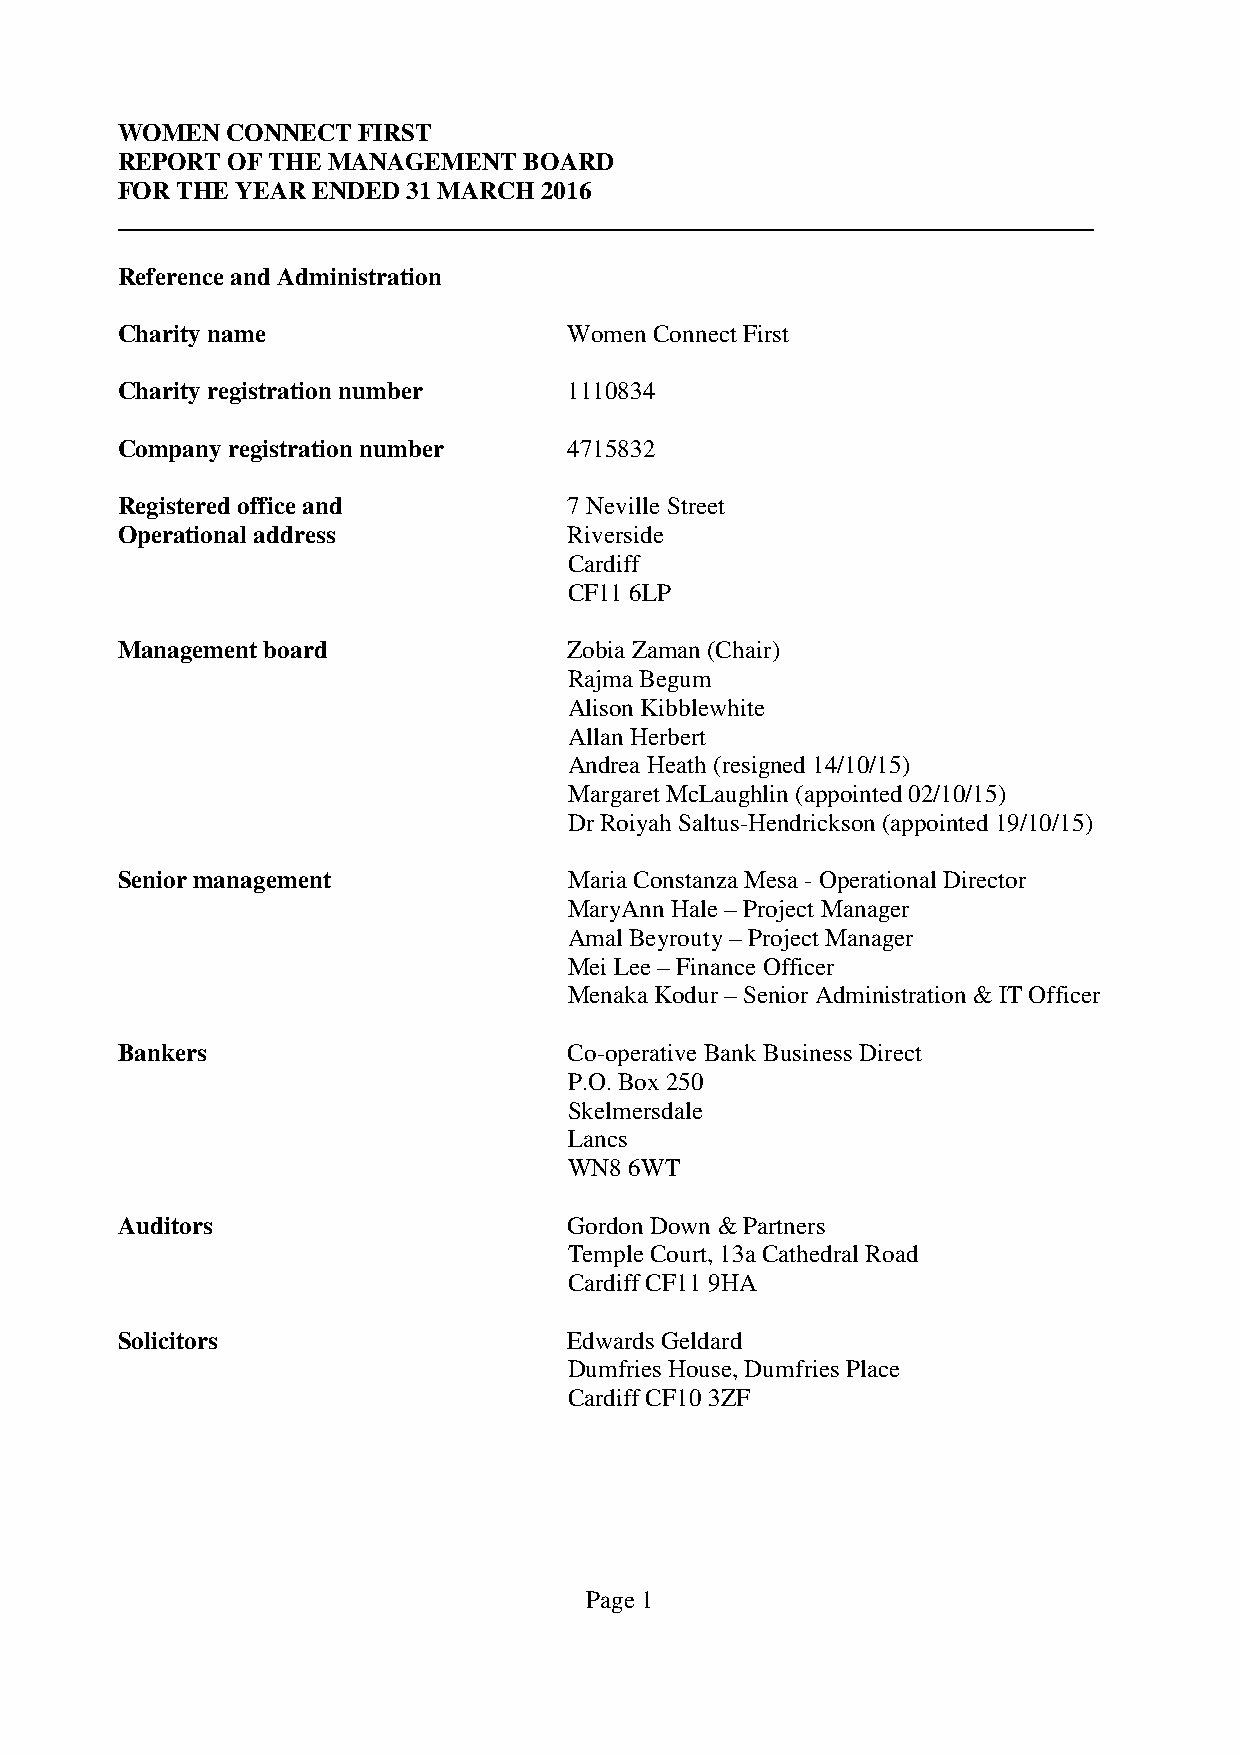
WOMEN  CONNECT  FIRST
 REPORT OF THE MANAGEMENT   BOARD
 FOR THE YEAR ENDED 31 MARCH 2016
 Reference and Administration
 Charity name                  Women Connect First
 Charity registration number   1110834
 Company registration number   4715832
 Registered office and         7 Neville Street
 Operational address           Riverside
 Cardiff
 CF11 6LP
 Management board              Zobia Zaman (Chair)
 Rajma Begum
 Alison Kibblewhite
 Allan Herbert
 Andrea Heath (resigned 14/10/15)
 Margaret McLaughlin (appointed 02/10/15)
 Dr Roiyah Saltus-Hendrickson (appointed 19/10/15)
 Senior management             Maria Constanza Mesa - Operational Director
 MaryAnn Hale – Project Manager
 Amal Beyrouty – Project Manager
 Mei Lee – Finance Officer
 Menaka Kodur – Senior Administration & IT Officer
 Bankers                       Co-operative Bank Business Direct
 P.O. Box 250
 Skelmersdale
 Lancs
 WN8 6WT
 Auditors                      Gordon Down & Partners
 Temple Court, 13a Cathedral Road
 Cardiff CF11 9HA
 Solicitors                    Edwards Geldard
 Dumfries House, Dumfries Place
 Cardiff CF10 3ZF
 Page 1